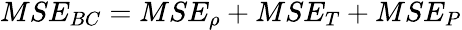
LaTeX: \begin{array}{r}{MSE_{BC}=MSE_{\rho}+MSE_{T}+MSE_{P}}\end{array}